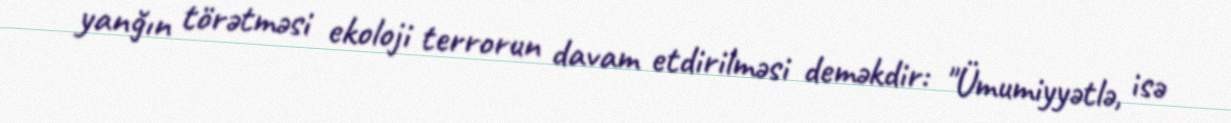
yanğın törətməsi ekoloji terrorun davam etdirilməsi deməkdir: "Ümumiyyətlə, isə